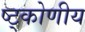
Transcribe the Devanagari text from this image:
ष्ट्कोणीय